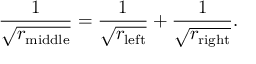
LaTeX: { \frac { 1 } { \sqrt { r _ { \mathrm { m i d d l e } } } } } = { \frac { 1 } { \sqrt { r _ { \mathrm { l e f t } } } } } + { \frac { 1 } { \sqrt { r _ { \mathrm { r i g h t } } } } } .